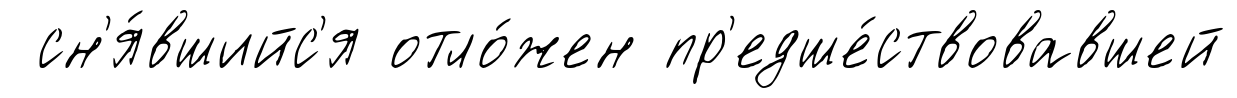
сн'я́вшийс'я отло́жен пр'едше́ствовавшей